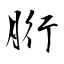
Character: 胻